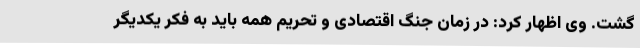
گشت. وی اظهار کرد: در زمان جنگ اقتصادی و تحریم همه باید به فکر یکدیگر